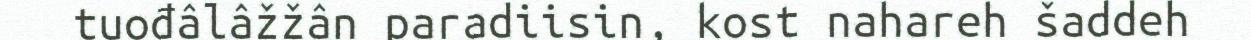
tuođâlâžžân paradiisin, kost nahareh šaddeh